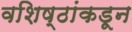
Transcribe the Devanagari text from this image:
वशिष्ठांकडून